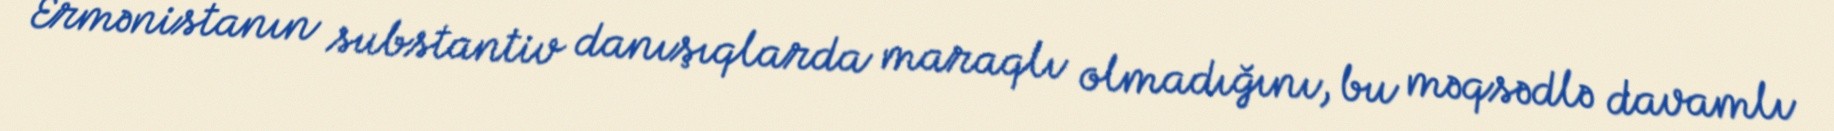
Ermənistanın substantiv danışıqlarda maraqlı olmadığını, bu məqsədlə davamlı